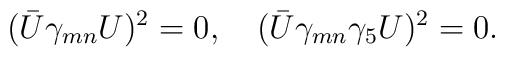
(\bar U\gamma_{mn}U)^2=0,\quad(\bar U\gamma_{mn}\gamma_5U)^2=0.